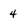
Character: 4